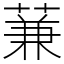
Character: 蒹